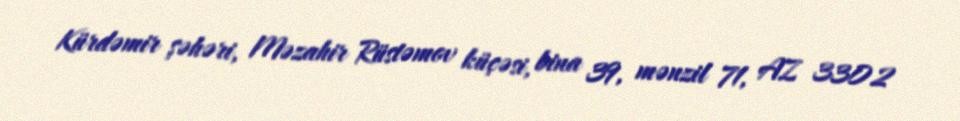
Kürdəmir şəhəri, Məzahir Rüstəmov küçəsi, bina 39, mənzil 71, AZ 3302